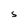
Character: S